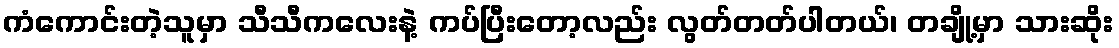
ကံကောင်းတဲ့သူမှာ သီသီကလေးနဲ့ ကပ်ပြီးတော့လည်း လွတ်တတ်ပါတယ်၊ တချို့မှာ သားဆိုး